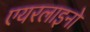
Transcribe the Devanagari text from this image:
एयरलाइनो